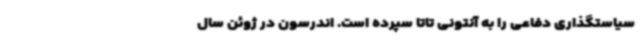
سیاستگذاری دفاعی را به آنتونی تاتا سپرده است. اندرسون در ژوئن سال